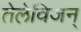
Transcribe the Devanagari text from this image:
तेलेविजन्